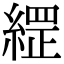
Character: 䌉